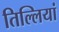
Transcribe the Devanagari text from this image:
तिल्लियां